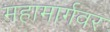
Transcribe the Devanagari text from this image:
महामार्गवर